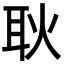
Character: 耿